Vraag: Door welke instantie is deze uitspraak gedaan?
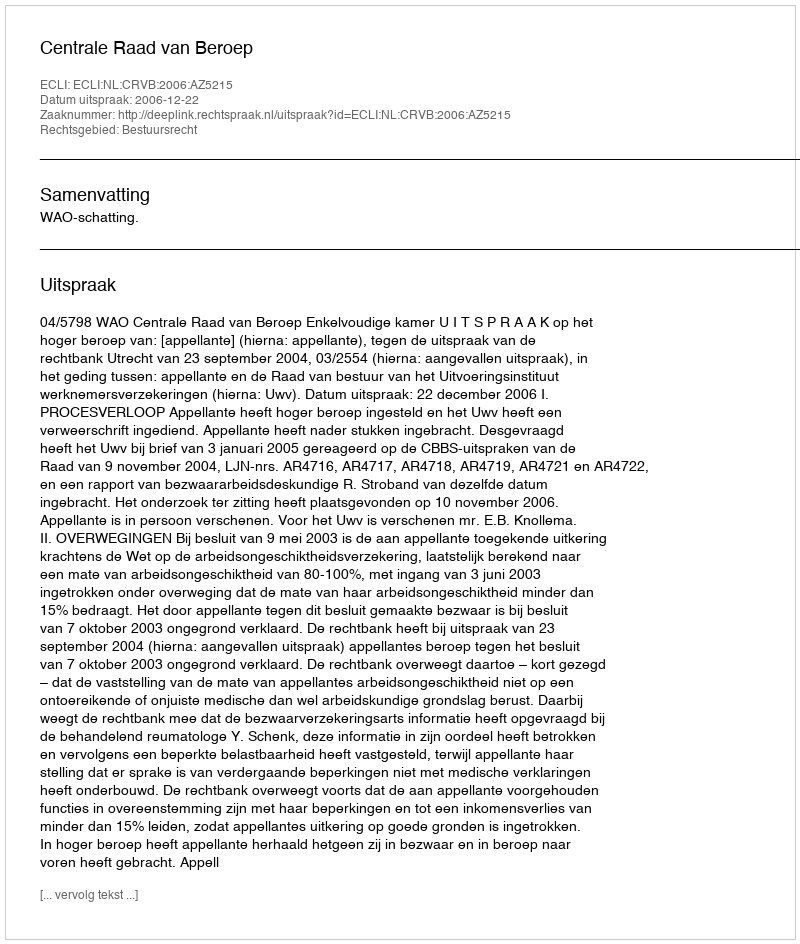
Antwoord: Centrale Raad van Beroep